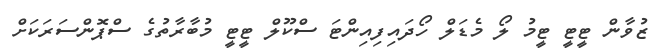
ޒުވާން ޓީޓީ ޓީމު ލޯ މެޑަލް ހޯދައިފިއިންޓަ ސްކޫލް ޓީޓީ މުބާރާތުގެ ސްޕޮންސަރަކަށް